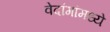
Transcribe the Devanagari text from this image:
वेदांगांमध्ये